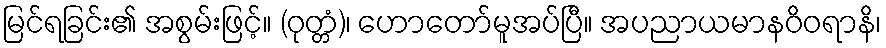
မြင်ရခြင်း၏ အစွမ်းဖြင့်။ (ဝုတ္တံ)၊ ဟောတော်မူအပ်ပြီ။ အပညာယမာနဝိဝရာနိ၊